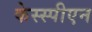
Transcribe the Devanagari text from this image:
केस्स्पीएन